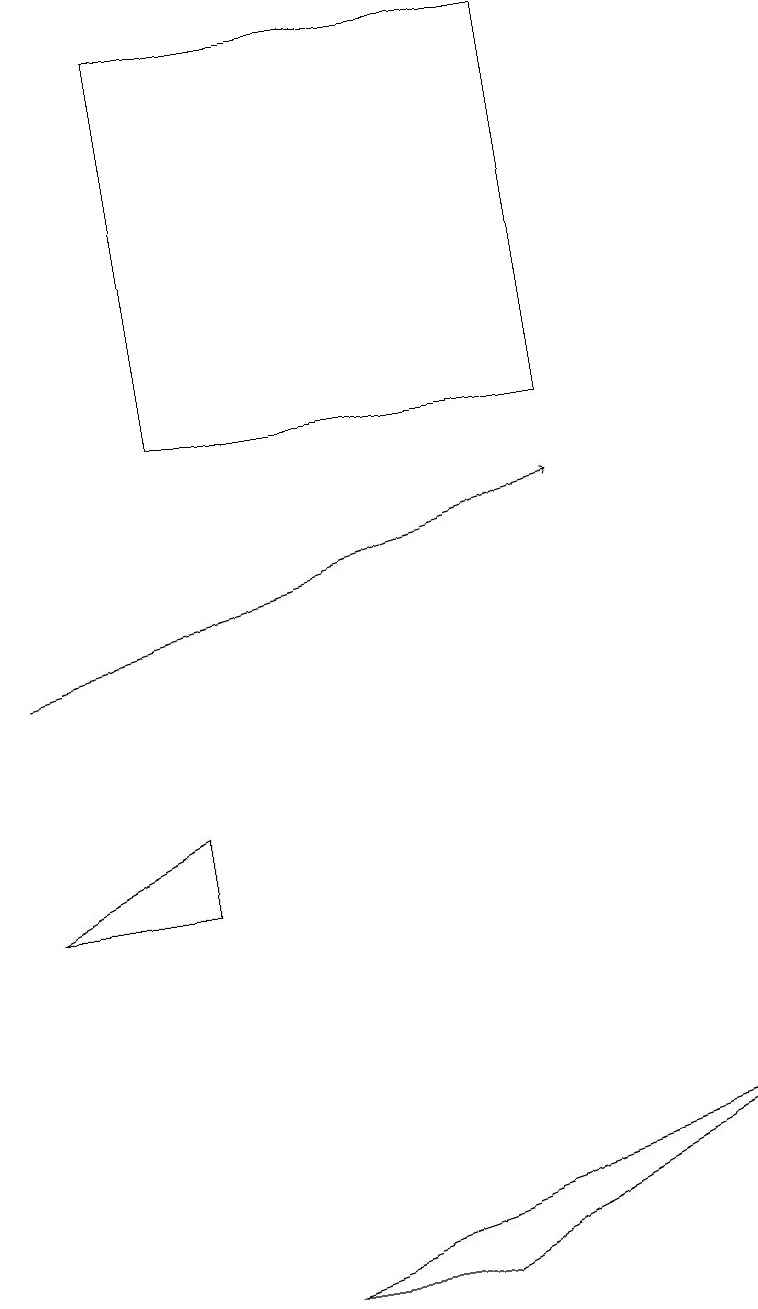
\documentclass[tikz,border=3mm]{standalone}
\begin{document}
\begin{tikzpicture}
\draw (2,8) -- (2,9) -- (0,8) -- cycle;
\draw (5,3) -- (3,3) -- (9,5) -- cycle;
\draw (7,14) rectangle (2,19);
\draw[->] (0,11) -- (7,13);
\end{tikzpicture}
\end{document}